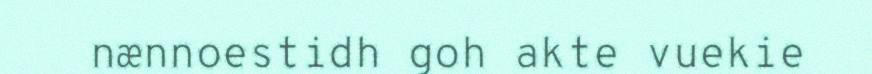
nænnoestidh goh akte vuekie